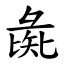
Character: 彘